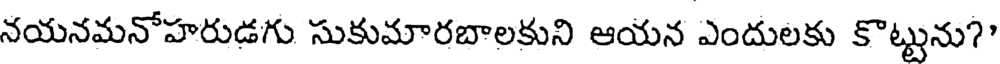
నయనమనోహరుడగు సుకుమారబాలకుని ఆయన ఎందులకు కొట్టును?"